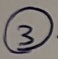
Text: 3